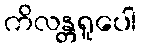
ကိလန္တရူပေါ